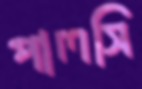
পালসি